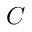
C